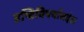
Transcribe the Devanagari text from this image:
दृष्टिविपर्यासदंड।